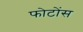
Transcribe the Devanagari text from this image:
फोटोंस